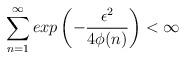
LaTeX: \begin{align*}\sum_{n=1}^\infty exp\left(-\frac{\epsilon^{2}}{4\phi(n)}\right) < \infty\end{align*}